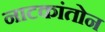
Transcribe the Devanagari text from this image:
नाटकांतोन